Report on enteric fever
Disease focus: Fever
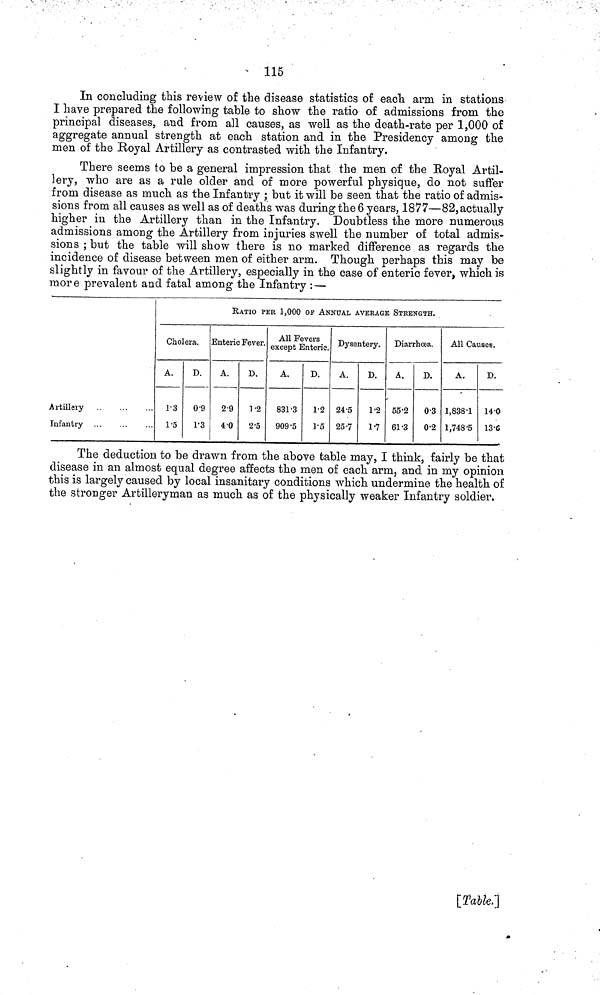
• 115
In concluding this review of the disease statistics of each arm in stations
I have prepared the following table to show the ratio of admissions from the
principal diseases, and from all causes, as well as the death rate per 1,000 of
aggregate annual strength at each station and in the Presidency among the
men of the Royal Artillery as contrasted with the Infantry.
There seems to be a general impression that the men of the Royal Artil-
lery, who are as a rule older and of more powerful physique, do not suffer
from disease as much as the Infantry ; but it will be seen that the ratio of admis-
sions from all causes as well as of deaths was during the 6 years, 1877—82, actually
higher in the Artillery than in the Infantry. Doubtless the more numerous
admissions among the Artillery from injuries swell the number of total admis-
sions ; but the table will show there is no marked difference as regards the
incidence of disease between men of either arm. Though perhaps this may be
slightly in favour of the Artillery, especially in the case of enteric fever, which is
more prevalent and fatal among the Infantry : —
Artillery
Infantry
RATIO PER 1,000 OF ANNUAL AVERAGE STRENGTH.
Cholera.
A.
1 3
1 5
D.
0 9
1 3
Enteric Fever.
A.
2 9
4 0
D.
1 2
2 5
All Fevers
except Enteric.
A.
831 3
909 5
D.
1 2
1 5
Dysentery.
A.
24 5
25 7
D.
1 2
1 7
Diarrhœa.
A,
55 2
61 3
D.
0 3
0 2
All Causes.
A.
1,838 1
1,748 5
D.
14 0
13 6
The deduction to be drawn from the above table may, I think, fairly be that
disease in an almost equal degree affects the men of each arm, and in my opinion
this is largely caused by local insanitary conditions which undermine the health of
the stronger Artilleryman as much as of the physically weaker Infantry soldier.
[Table.]